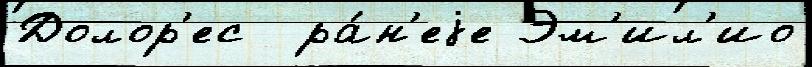
Долор'ес  ра́н'еjе Эм'ил'ио